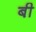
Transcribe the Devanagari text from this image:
बी़